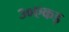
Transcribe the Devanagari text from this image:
३०एकड़